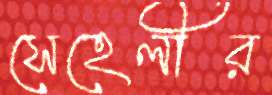
সেহেলীর